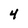
Character: 4